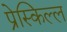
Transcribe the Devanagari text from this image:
प्रेस्किल्ल